Vaccine operations Central Provinces & Berar 1922-1929 - 1922-1929
Year: 1922
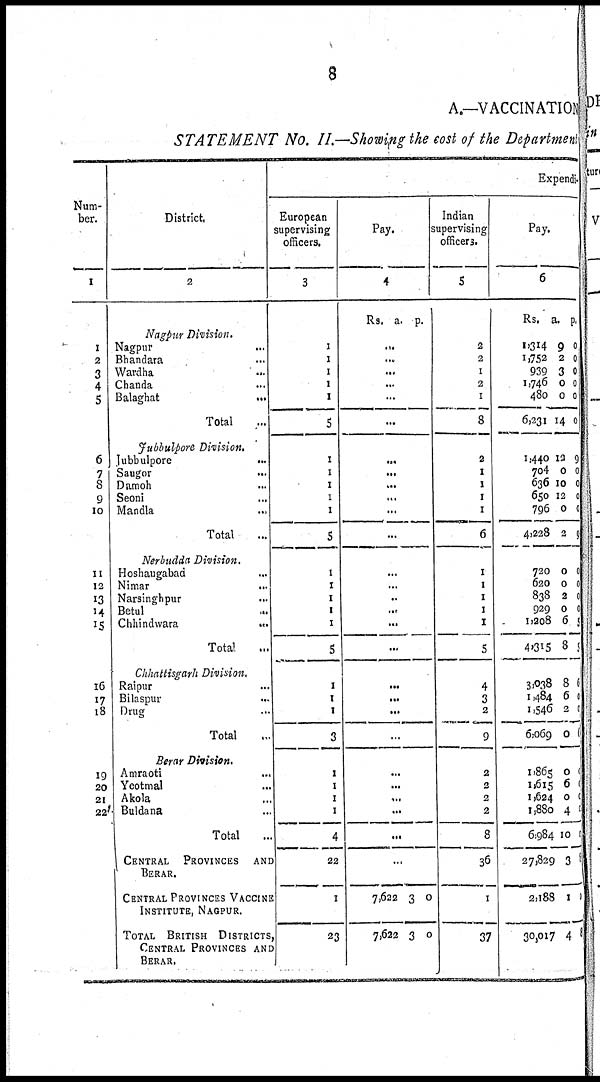
8
A.—VACCINATION
STATEMENT No. II.—Showing the cost of the Department
Num-
ber.
1
1
2
3
4
5
6
7
8
9
10
11
12
13
14
15
16
17
18
19
20
21
22
District
2
Nagpur Division.
Nagpur ...
Bhandara ...
Wardha ...
Chanda ...
Balaghat
...
Total ...
Jubbulpore Division.
Jubbulpore
...
Saugor ...
Damoh ...
Seoni ...
Mandla ...
Total ...
Nerbudda Division.
Hoshaugabad ...
Nimar ...
Narsinghpur ...
Betul
...
Chhindwara
...
Total ...
Chhattisgarh Division.
Raipur ...
Bilaspur ...
Drug ...
Total ...
Berar Division.
Amraoti ...
Yeotmal ...
Akola ...
Buldana ...
Total ...
CENTRAL PROVINCES AND
BERAR.
CENTRAL PROVINCES VACCINE
INSTITUTE, NAGPUR.
TOTAL BRITISH DISTRICTS,
CENTRAL PROVINCES AND
BERAR.
Expendi¬
European
supervising
officers.
3
1
1
1
1
1
5
1
1
1
1
1
5
1
1
1
1
1
5
1
1
1
3
1
1
1
1
4
22
1
23
Pay.
4
Rs. a. p.
...
...
...
...
...
...
...
...
...
...
...
...
...
...
...
...
...
...
...
...
...
...
...
...
...
...
...
...
7,622
7,622
3
3
0
0
Indian
supervising
officers.
5
2
2
1
2
1
8
2
1
1
1
1
6
1
1
1
1
1
5
4
3
2
9
2
2
2
2
8
36
1
37
Pay.
6
Rs. a. p.
1,314
1,752
939
1,746
480
6,231
9
2
3
0
0
14
0
0
0
0
0
0
1,440
704
636
650
796
4,228
12
0
10
12
0
2
9
0
0
0
0
9
720
620
838
929
1,208
4,315
0
0
2
0
6
8
0
0
0
0
5
5
3,038
1,484
1,546
6,069
8
6
2
0
6
0
0
0
1,865
1,615
1,624
1,880
6,984
27,829
2,188
30,017
0
6
0
4
10
3
1
4
0
0
0
0
6
9
1
9